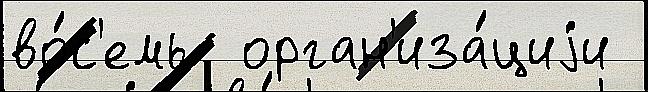
во́с'емь  орган'иза́циjи